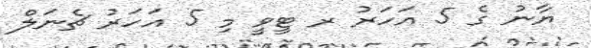
ޔާނު ގެ 5 އަހަރު ރ ޓީވީ މި 5 އަހަރު ޗެނަލް